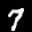
Label: 7